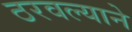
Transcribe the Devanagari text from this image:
ठरवल्याने